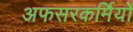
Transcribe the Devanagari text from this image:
अफसरकर्मियों